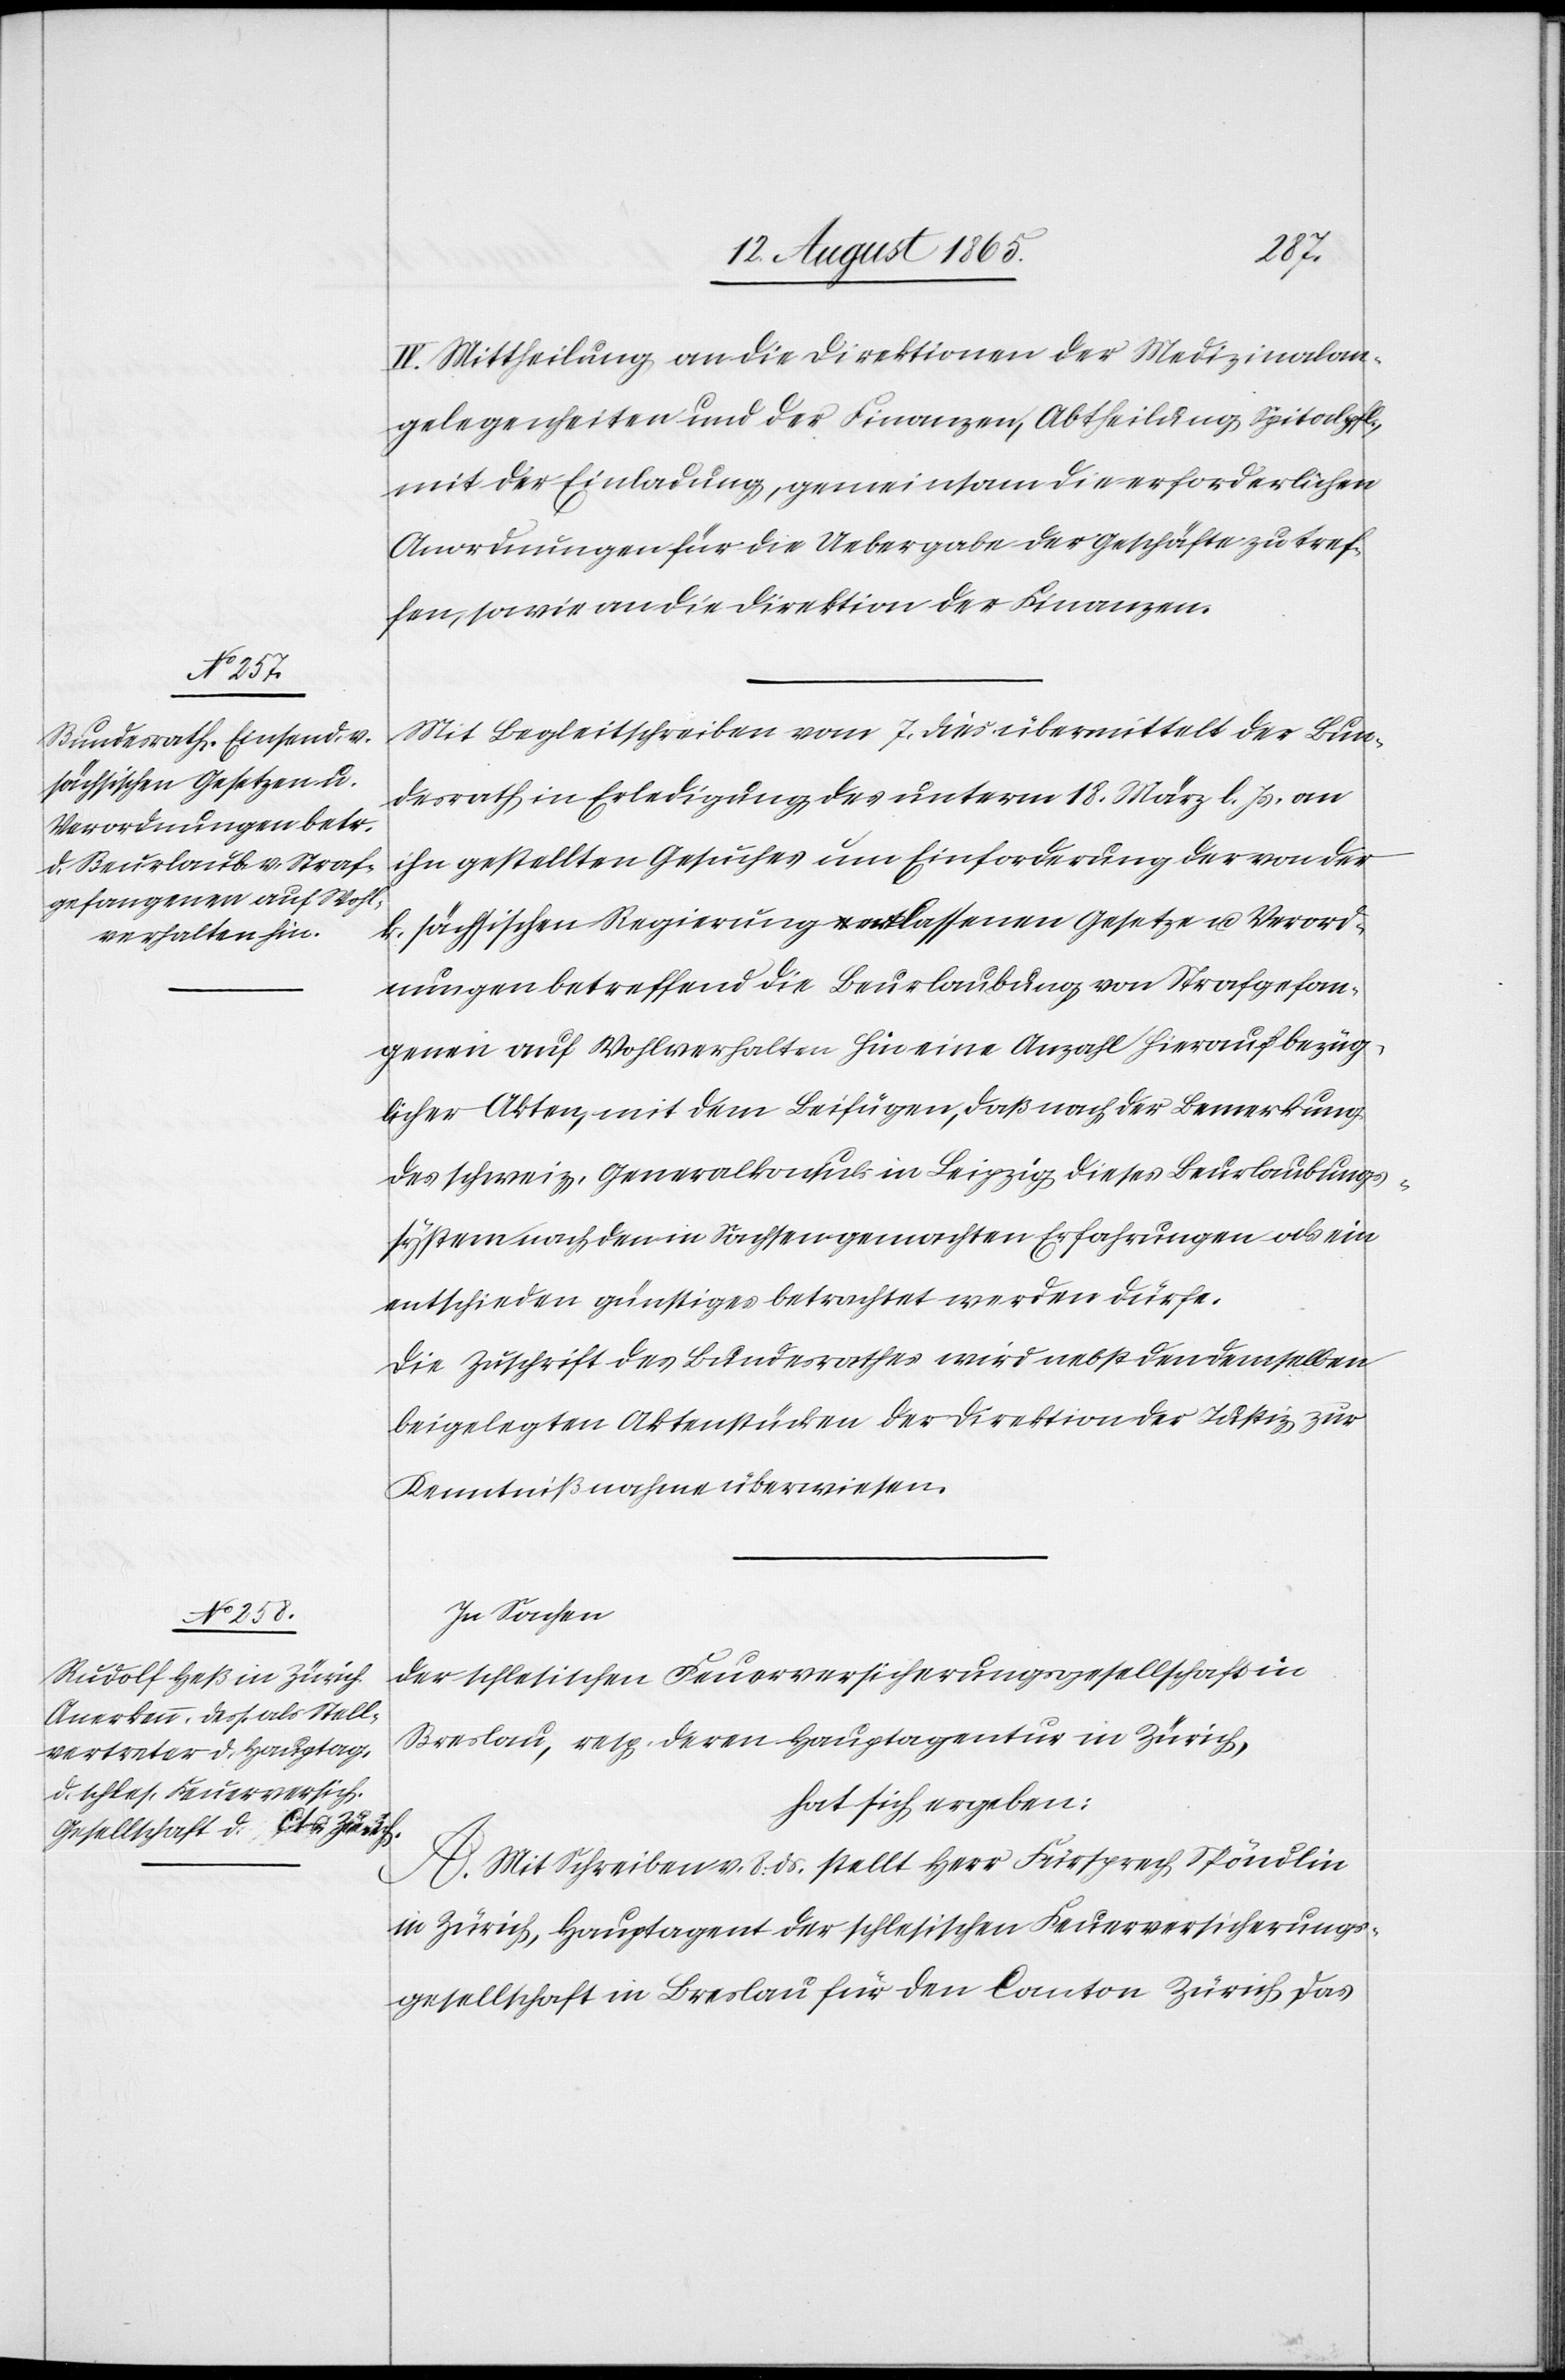
IV. Mittheilung an die Direktion der Medizinalan¬
gelegenheiten und der Finanzen, Abtheilung Spitalpfl.,
mit der Einladung, gemeinsam die erforderlichen
Anordnungen für die Uebergabe der Geschäfte zu tref¬
fen, sowie an die Direktion der Finanzen.
Mit Begleitschreiben vom 7. dies übermittelt der Bun¬
desrath in Erledigung des unterm 18. März l. Js. an
in gestellten Gesuches um Einforderung der von der
k. sächsischen Regierung erlassenen Gesetze u. Verord¬
nungen betreffend die Beurlaubung von Strafgefan¬
genen auf Wohlverhalten hin eine Anzahl hierauf bezüg¬
licher Akten, mit dem Beifügen, daß nach der Bemerkung
des schweiz. Generalkonsuls in Leipzig dieses Beurlaubungs¬
system nach den in Sachsen gemachten Erfahrungen als ein
entschieden günstiges betrachtet werden dürfe.
Die Zuschrift des Bundesrathes wird nebst den demselben
beigelegten Aktenstücken der Direktion der Justiz zur
Kenntnißnahme überwiesen.
In Sachen
der schlesischen Feuerversicherungsgesellschaft in
Breslau, resp. deren Hauptagentur in Zürich,
hat sich ergeben:
A. Mit Schreiben v. 8. ds. stellt Herr Fürsprech Spöndlin
in Zürich, Hauptagent der schlesischen Feuerversicherungs¬
gesellschaft in Breslau für den Canton Zürich das